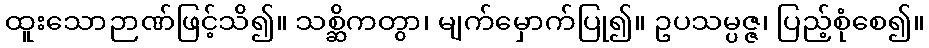
ထူးသောဉာဏ်ဖြင့်သိ၍။ သစ္ဆိကတွာ၊ မျက်မှောက်ပြု၍။ ဥပသမ္ပဇ္ဇ၊ ပြည့်စုံစေ၍။